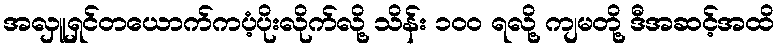
အလှူရှင်တယောက်ကပံ့ပိုးလိုက်လို့ သိန်း ၁၀၀ ရလို့ ကျမတို့ ဒီအဆင့်အထိ